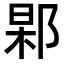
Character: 𨜍